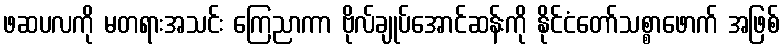
ဖဆပလကို မတရားအသင်း ကြေညာကာ ဗိုလ်ချုပ်အောင်ဆန်းကို နိုင်ငံတော်သစ္စာဖောက် အဖြစ်